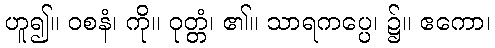
ဟူ၍။ ဝစနံ၊ ကို။ ဝုတ္တံ၊ ၏။ သာရကပ္ပေ၊ ၌။ ဧကော၊